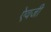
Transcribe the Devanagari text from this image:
एेवजी